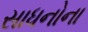
સાધનોના